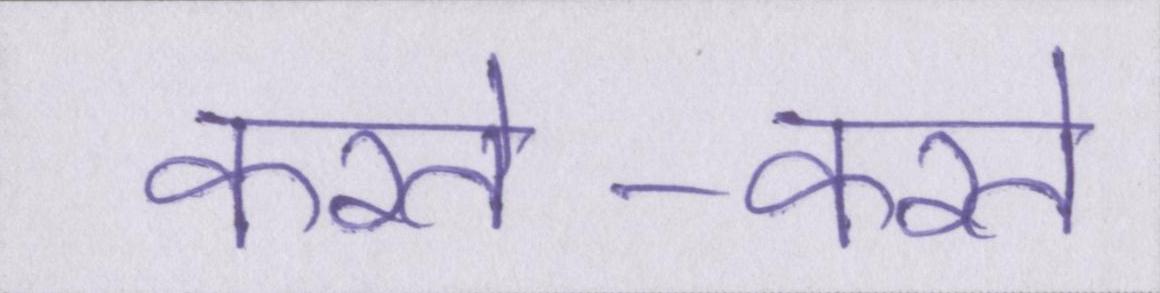
करते-करते